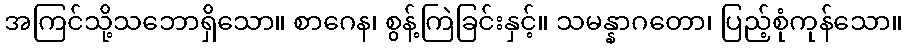
အကြင်သို့သဘောရှိသော။ စာဂေန၊ စွန့်ကြဲခြင်းနှင့်။ သမန္နာဂတော၊ ပြည့်စုံကုန်သော။